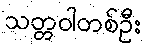
သတ္တဝါတစ်ဦး